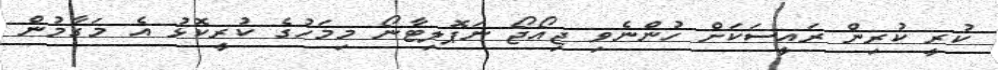
ކުރީ ކުރިން ރައީސަކަށް ހުންނެވި ޖިއޯޖޯ ނަޕޮލިޓާނޯ މިމަހުގެ ކުރީކޮޅު އެ މަގާމުން